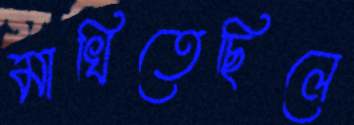
মাখিতেছিলে